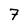
Character: 7